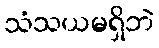
သံသယမရှိဘဲ